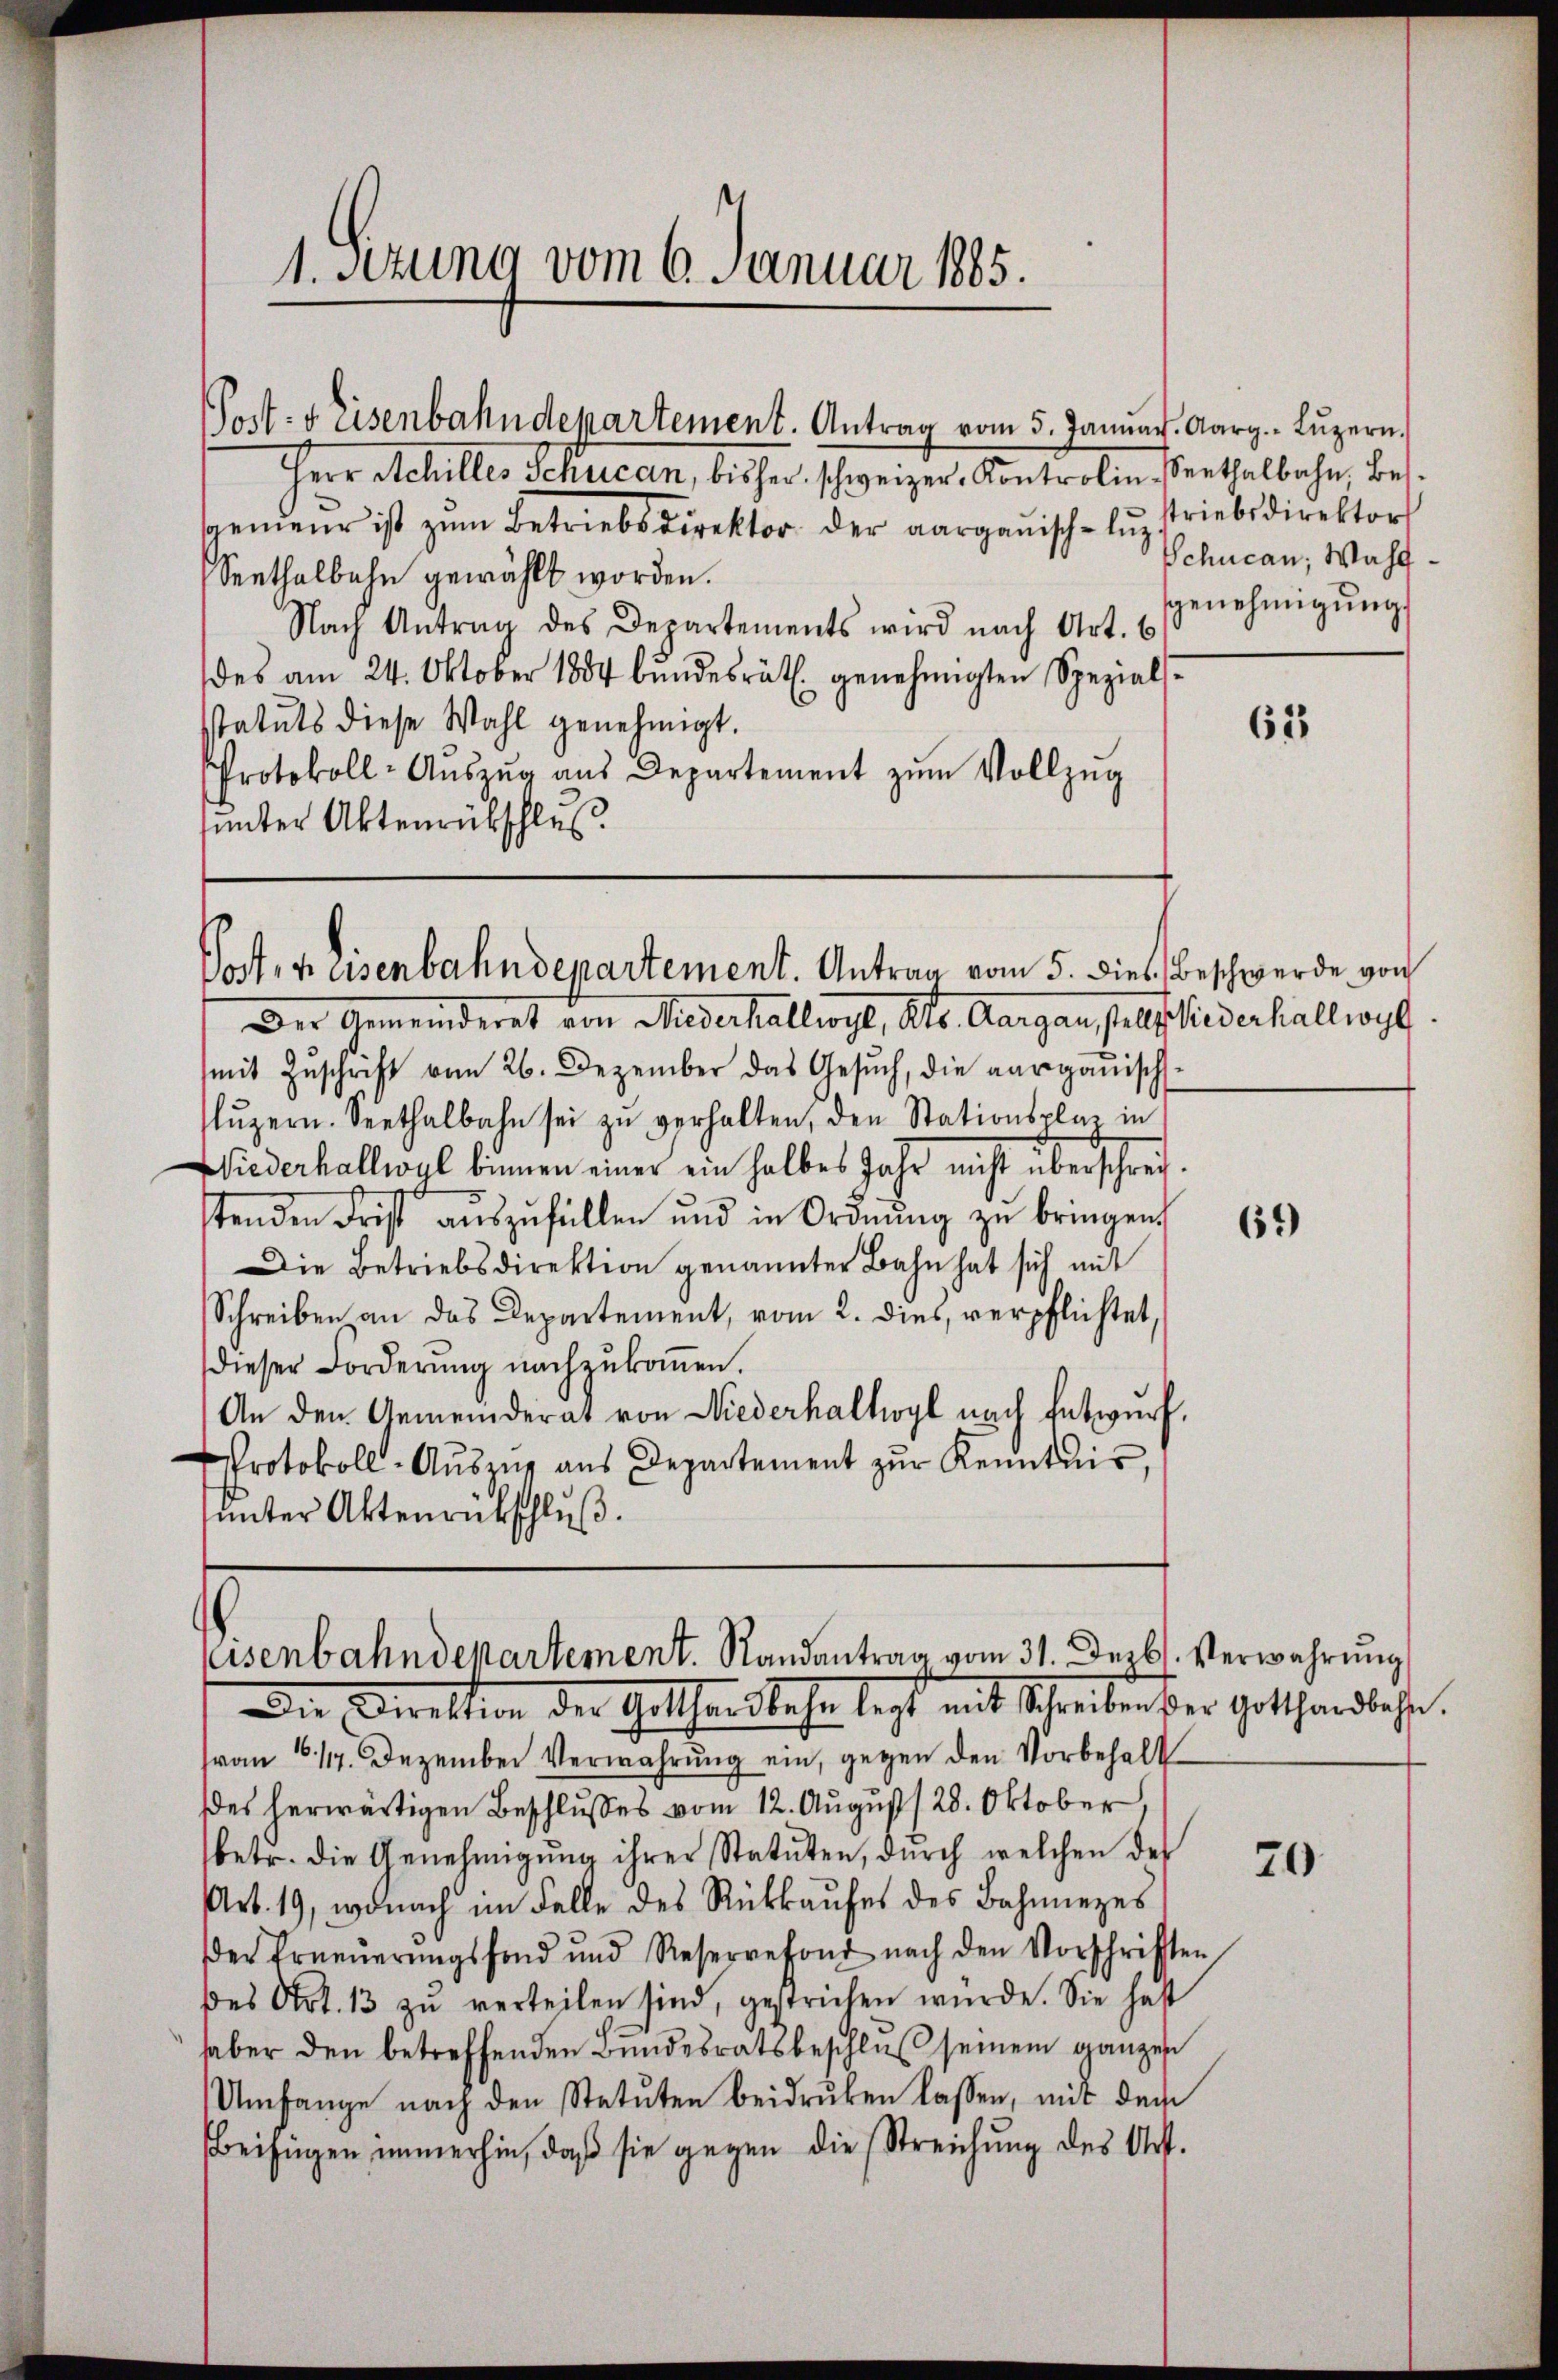
1. Setzung vom 6. Januar 1885.

Herr Achilles Schucan, bisher schweizer, Kontrolin, Verthalbahn, Bes
genieur ist zŭm Betriebsdirektor der aargauisch-lŭzstriebsdirektor
Seethalbahn gewählt worden.
Nach Antrag des Departements wird nach Art. 6
des am 24. Oktober 1884 bŭndesrätl. genehmigten Spezial-
statuts diese Wahl genehmigt.
Protokoll-Aŭszŭg aŭs Departement zŭm Vollzŭg
unter Aktenrübschles.

Post- & Eisenbahndepartement. Antrag vom 5. Januar. Aarg. Lŭzern,

mit Zuschrift vom 26. Dezember das Gesuch, die aargauisch-
lŭzern. Seethalbahn sei zŭ verhalten, den Stationsplas in
Wiederhallwyl binnen einer ein halbes Jahr nicht überschreistenden Frist aŭszŭfüllen und in Ordnŭng zŭ bringen.
Die Betriebsdirektion genannter Bahn hat sich mit
Schreiben an das Departement, vom 2. dies, verpflichtet,
dieser Forderŭng nachzŭkoṁen.
An den Gemeinderat von Niederhalhoyl nach Entwurf.
Protokoll-Aŭszŭg aŭs Departement zŭr Kenntnis,
ŭnter Aktenrückschluß.

Posten eisenbahndepartement. Antrag vom 5. dies Beschwerde von
Der Gemeinderet von Niederhallwyl, Kts. Aargau, sellschiederhallwyl

eisenbahndepartement. Randantrag vom 31. Dezbr. Verwahrung
Die Direktion der Gotthensbahn legt mit Schreiben der Gothandlehen.

(von 614. Dezember Verwahrŭng ein, gegen den Vorbehalt
des herwärtigen Beschlusses vom 12. August 128. Oktober,
betr. die Genehmigŭng ihrer Statuten, dŭrch welchen des
Art. 19, wonach im Falle des Rückkaufes des Bahnezes
Der Erneŭerŭngsfond und Reservefond nach den Vorschriften
des Art. 13 zu verteilen sind, gestrichen wurde. Sie hast
haber den betreffenden Bundesratsbeschluß seinem ganzen
Umfange nach den Statuten beidruken lassen, mit dem
Beifügen immerhin, daß sie gegen die Streichung des Art.

Schucan; Wahlgenehmigungs

65

61)

20